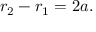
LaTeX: r _ { 2 } - r _ { 1 } = 2 a . \,